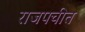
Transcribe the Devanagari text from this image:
राजपचीत